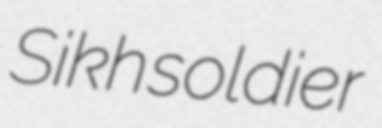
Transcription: Sikh soldier